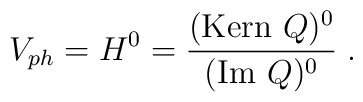
V_{ph} = H^0 = \frac{({\rm Kern} ~Q)^0}{({\rm Im}~Q)^0} \; .